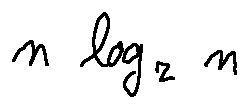
n \log _ { 2 } n